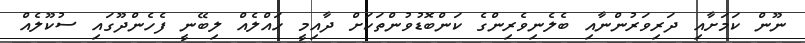
ނޫން ކަމަށާއި ދަރިވަރުންނާއި ބެލެނިވެރިންގެ ކަންބޮޑުވުންތަކަށް ދާއިމީ ހައްލެއް ލިބޭނީ ފެހެންދޫގައި ސުކޫލެއް